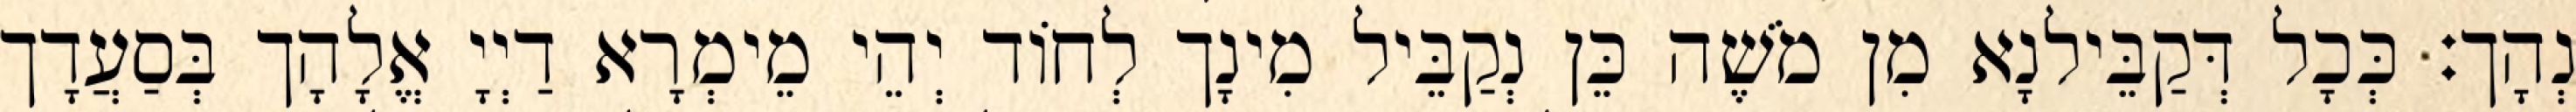
נְהָך׃ כְּכָל דְּקַבֵּילנָא מִן מֹשֶׁה כֵּן נְקַבֵּיל מִינָך לְחוֹד יְהֵי מֵימְרָא דַיְיָ אֱלָהָך בְּסַעֲדָך